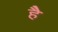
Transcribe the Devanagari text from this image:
हेेै